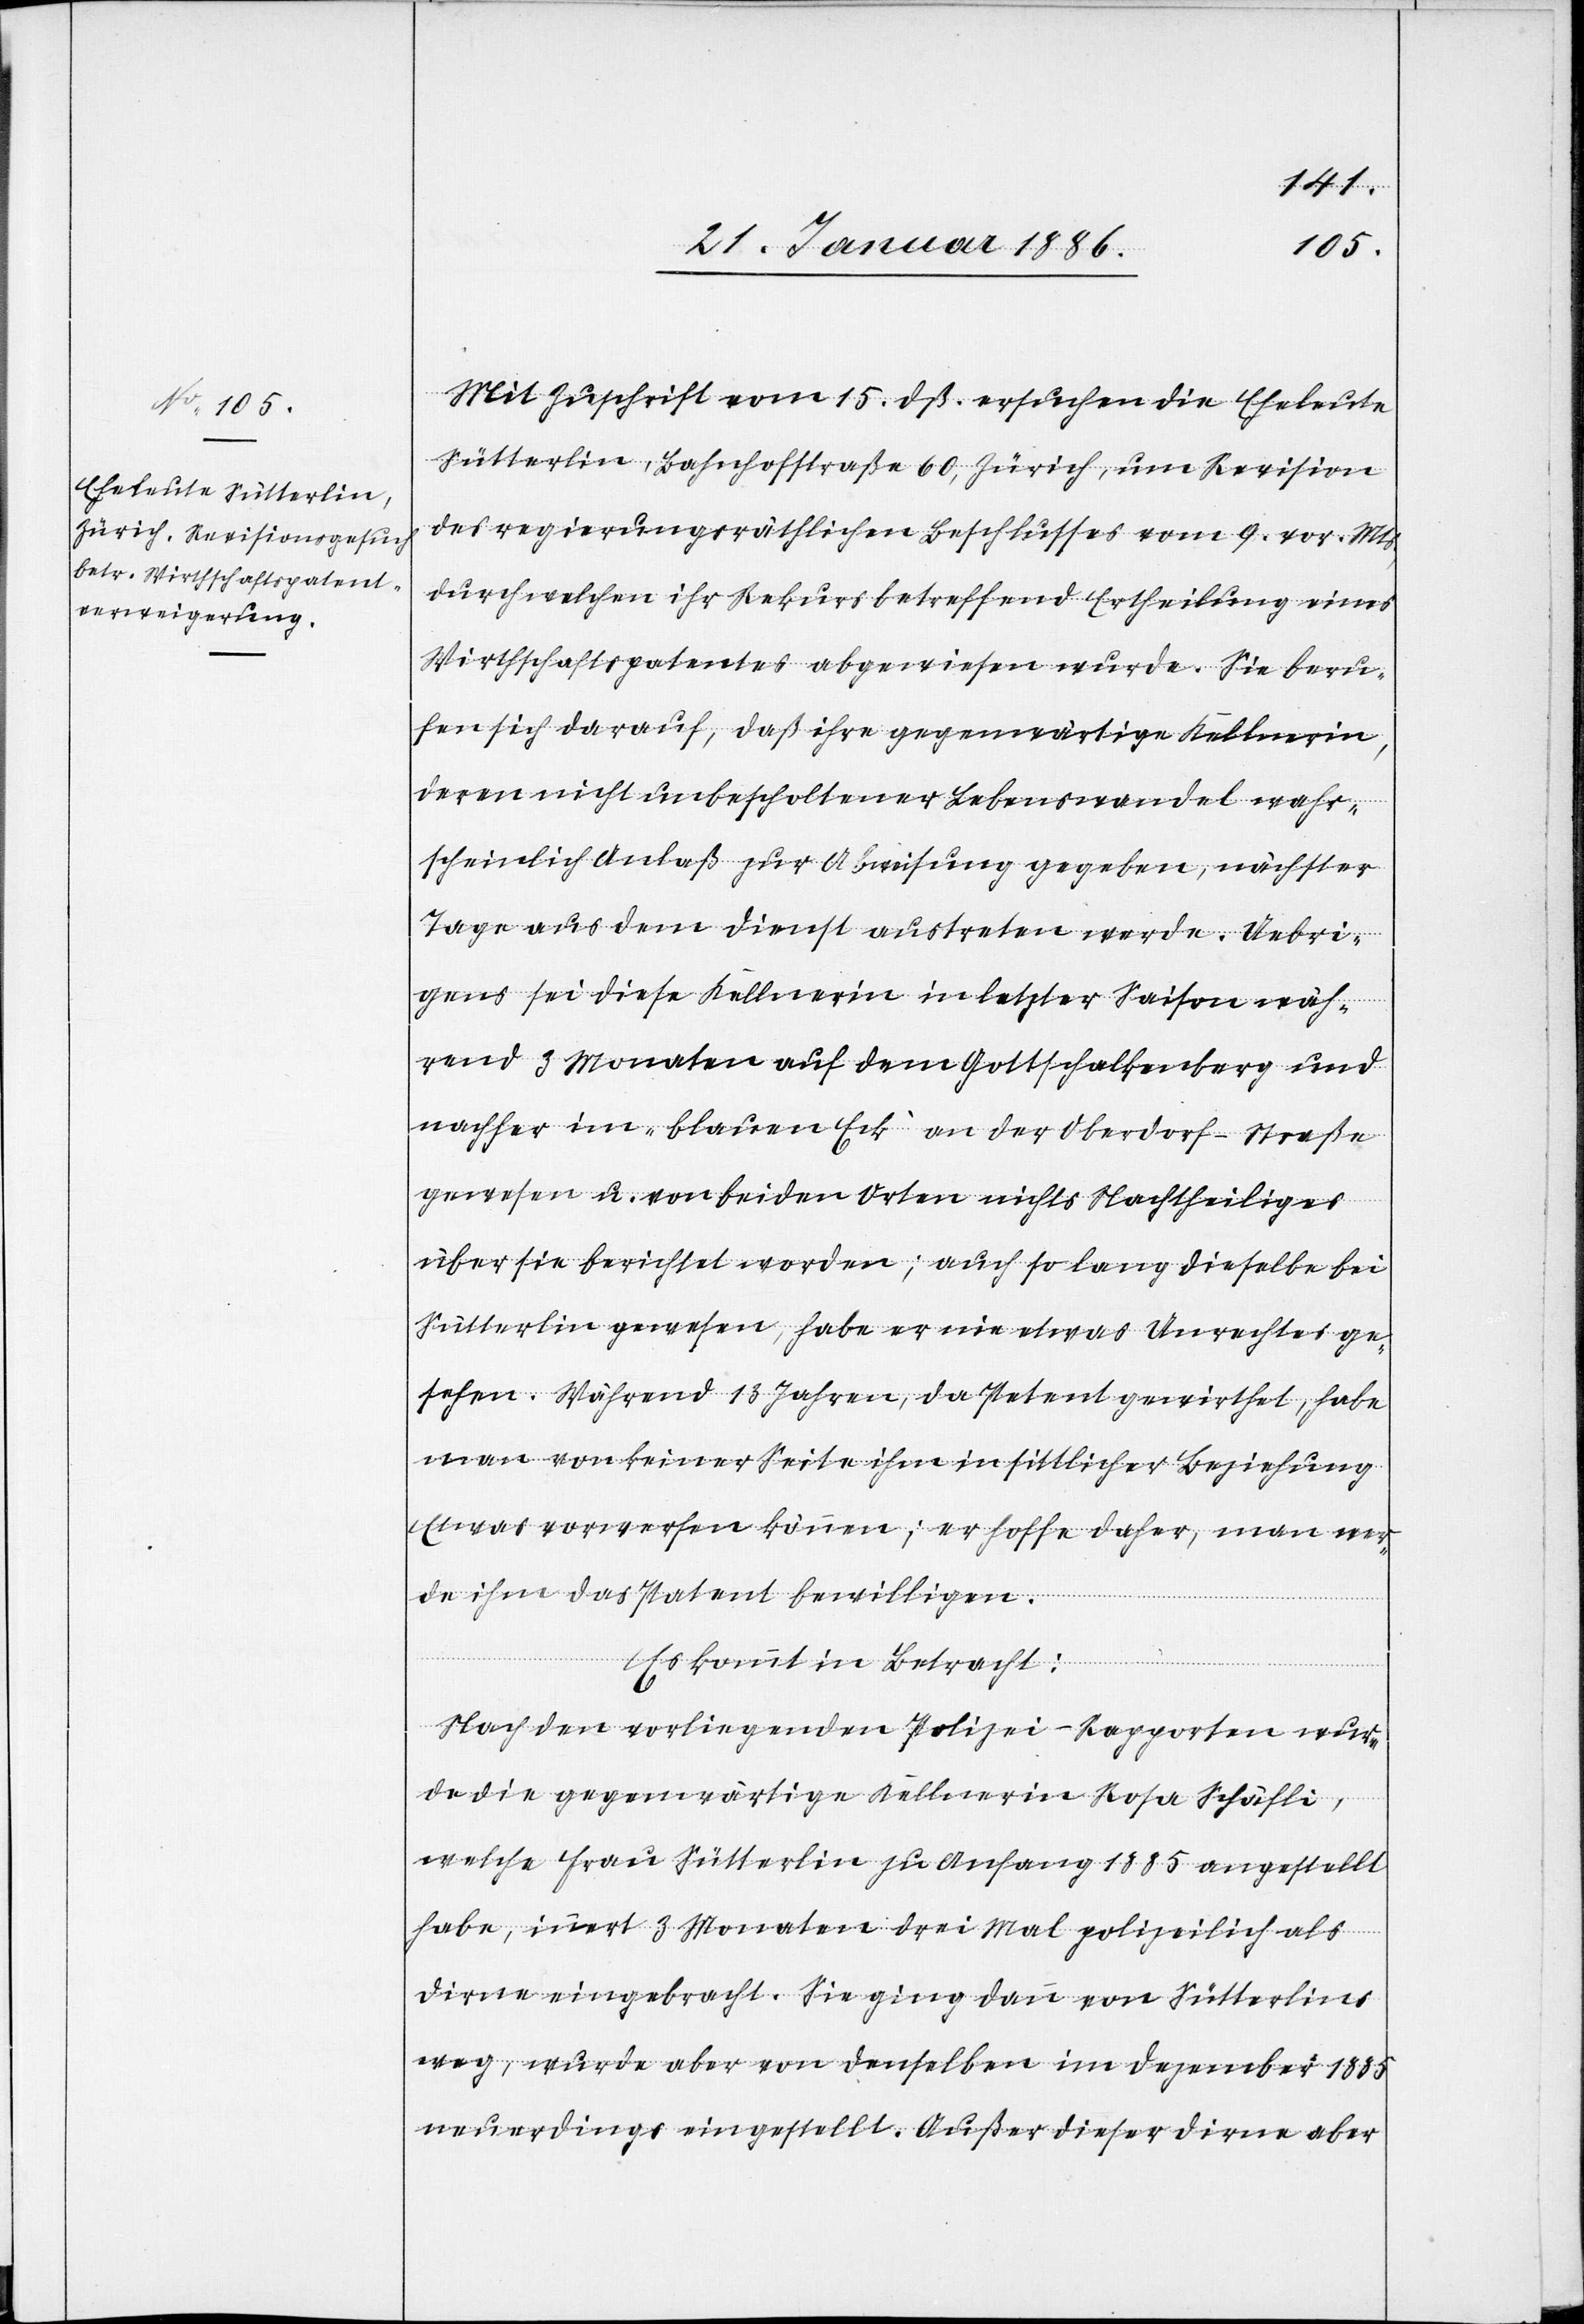
Mit Zuschrift vom 15. dß. ersuchen die Eheleute
Sütterlin, Bahnhofstraße 60, Zürich, um Revision
des regierungsräthlichen Beschlusses vom 9. vor. Mts.,
durch welchen ihr Rekurs betreffend Ertheilung eines
Wirthschaftspatentes abgewiesen wurde. Sie beru¬
fen sich darauf, daß ihre gegenwärtige Kellnerin,
deren nicht unbescholtener Lebenswandel wahr¬
scheinlich Anlaß zur Abweisung gegeben, nächster
Tage aus dem Dienst austreten werde. Uebri¬
gens sei diese Kellnerin in letzter Saison wäh¬
rend 3 Monaten auf dem Gottschalkenberg und
nachher im „blauen Eck“ an der Oberdorf-Straße
gewesen u. von beiden Orten nichts Nachtheiliges
über sie berichtet worden; auch so lang dieselbe bei
Sütterlin gewesen, habe er nie etwas Unrechtes ge¬
sehen. Während 13 Jahren, da Petent gewirthet, habe
man von keiner Seite ihm in sittlicher Beziehung
etwas vorwerfen können; er hoffe daher, man wer¬
de ihm das Patent bewilligen.
Es kommt in Betracht:
Nach den vorliegenden Polizei-Rapporten wur¬
de die gegenwärtige Kellnerin Rosa Schäfli,
welche Frau Sütterlin zu Anfang 1885 angestellt
habe, innert 3 Monaten drei Mal polizeilich als
Dirne eingebracht. Sie ging dann von Sütterlins
weg, wurde aber von denselben im Dezember 1885
neuerdings eingestellt. Außer dieser Dirne aber